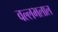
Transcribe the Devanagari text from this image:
वल्लभलाल